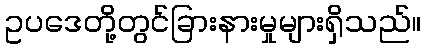
ဥပဒေတို့တွင်ခြားနားမှုများရှိသည်။